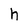
Character: h